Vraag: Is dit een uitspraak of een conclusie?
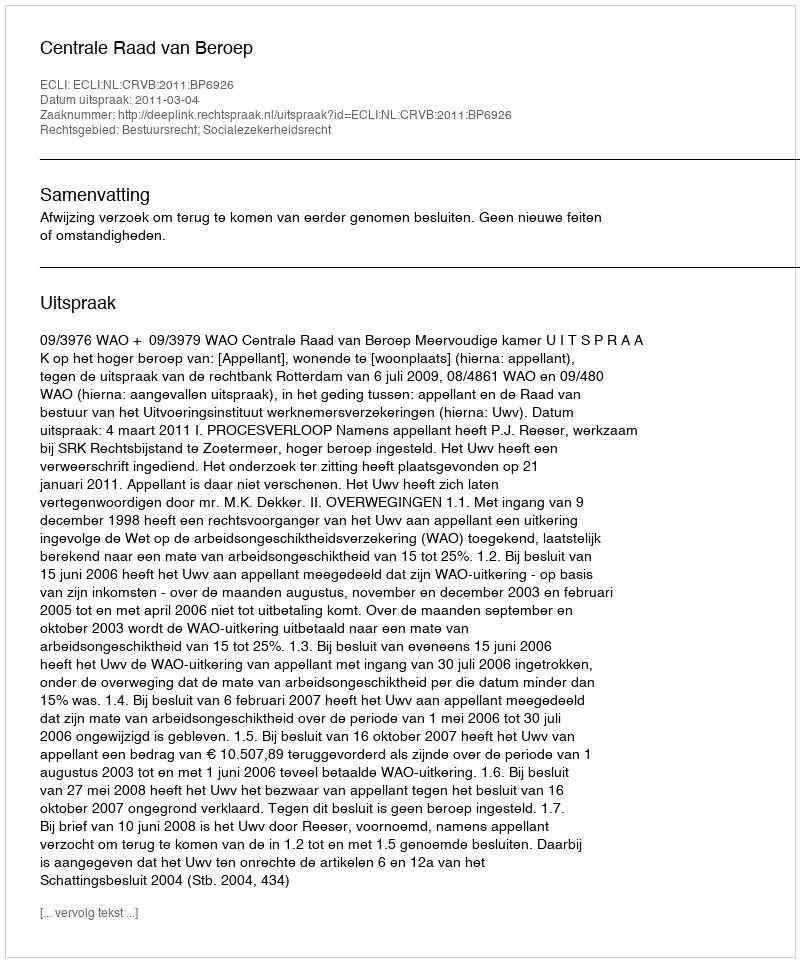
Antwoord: Uitspraak